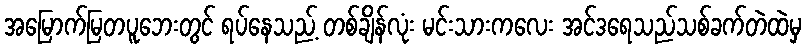
အမြောက်မြတပူဘေးတွင် ရပ်နေသည့် တစ်ချိန်လုံး မင်းသားကလေး အင်ဒရေသည်သစ်ခက်တဲထဲမှ